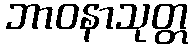
ဘာဝနာသုတ္တ